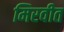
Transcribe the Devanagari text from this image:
मिरवीत